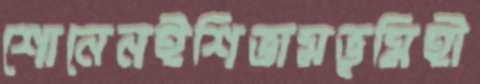
শোনেনইশিভামভূমিহী